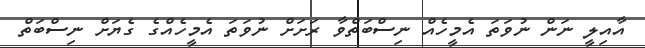
އާއިލީ ނަން ނުވަތަ އެމީހެއް ނިސްބަތްވާ ރަށަށް ނުވަތަ އެމީހެއްގެ ގެޔަށް ނިސްބަތް